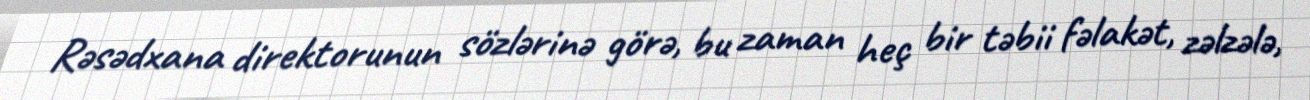
Rəsədxana direktorunun sözlərinə görə, bu zaman heç bir təbii fəlakət, zəlzələ,